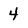
Character: 4